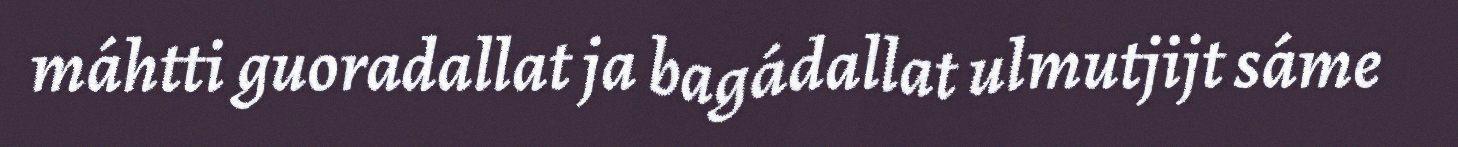
máhtti guoradallat ja bagádallat ulmutjijt sáme